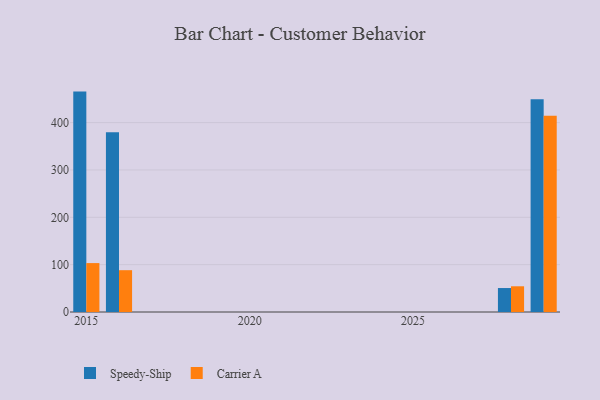
{"axis": {"x": "Year", "y": "LTV (USD)"}, "legend": ["Carrier A", "Speedy-Ship"], "data": [{"x": "2015", "y": 465.5, "type": "Speedy-Ship"}, {"x": "2015", "y": 103.3, "type": "Carrier A"}, {"x": "2028", "y": 50.6, "type": "Speedy-Ship"}, {"x": "2028", "y": 54.3, "type": "Carrier A"}, {"x": "2016", "y": 379.6, "type": "Speedy-Ship"}, {"x": "2016", "y": 88.3, "type": "Carrier A"}, {"x": "2029", "y": 449.3, "type": "Speedy-Ship"}, {"x": "2029", "y": 414.3, "type": "Carrier A"}]}